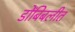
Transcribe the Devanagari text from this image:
डोंबिबलीत